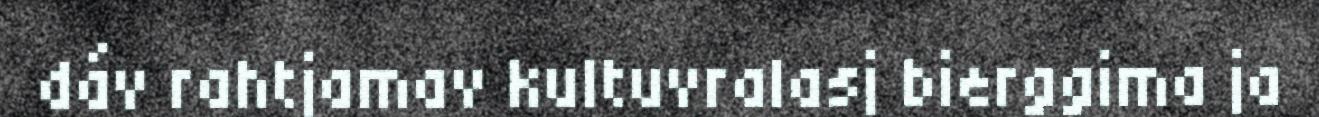
dáv rahtjamav kultuvralasj bierggima ja